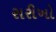
સરીખો